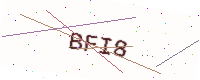
Text: BFI8